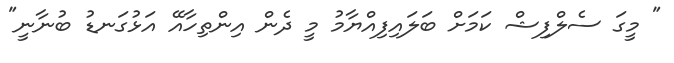
" މީގަ ސެލްފިޝް ކަަމަށް ބަލައިފިއްޔާމު މީ ދެން އިންތިހާއޭ އަޅުގަނޑު ބުނާނީ"